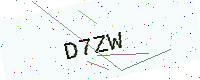
Text: D7ZW